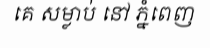
គេ សម្លាប់ នៅ ភ្នំពេញ